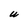
Character: U